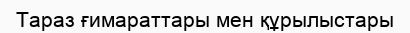
Тараз ғимараттары мен құрылыстары